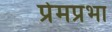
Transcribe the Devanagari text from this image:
प्रेमप्रभा